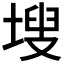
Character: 𭎾